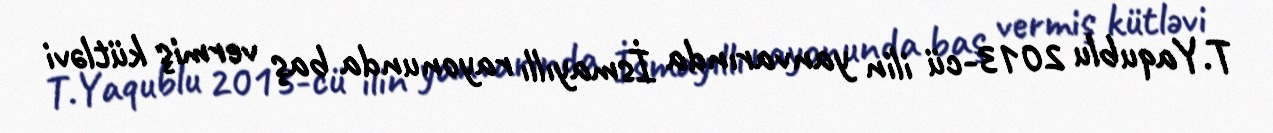
T.Yaqublu 2013-cü ilin yanvarında İsmayıllı rayonunda baş vermiş kütləvi